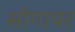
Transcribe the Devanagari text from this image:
सोगायर